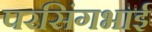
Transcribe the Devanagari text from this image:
परसिंगभाई